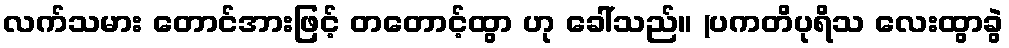
လက်သမား တောင်အားဖြင့် တတောင့်ထွာ ဟု ခေါ်သည်။ (ပကတိပုရိသ လေးထွာခွဲ